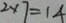
2 \times 7 = 1 4